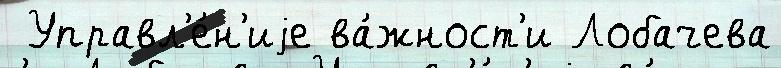
 Управл'е́н'иjе ва́жност'и Лобачева